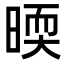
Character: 㬉